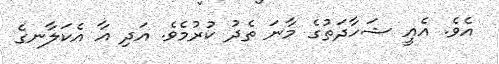
އެވެ. އެއީ ޝަހާދަތުގެ މާނަ ތެދު ކުރުމެވެ. އަދި އާ އެކަލާނގެ